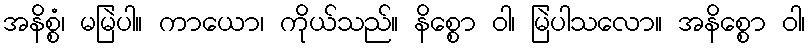
အနိစ္စံ၊ မမြဲပါ။ ကာယော၊ ကိုယ်သည်။ နိစ္စော ဝါ၊ မြဲပါသလော။ အနိစ္စော ဝါ၊